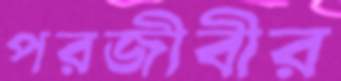
পরজীবীর